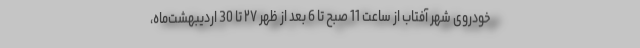
خودروی شهر آفتاب از ساعت 11 صبح تا 6 بعد از ظهر ۲۷ تا 30 اردیبهشت‌ماه،